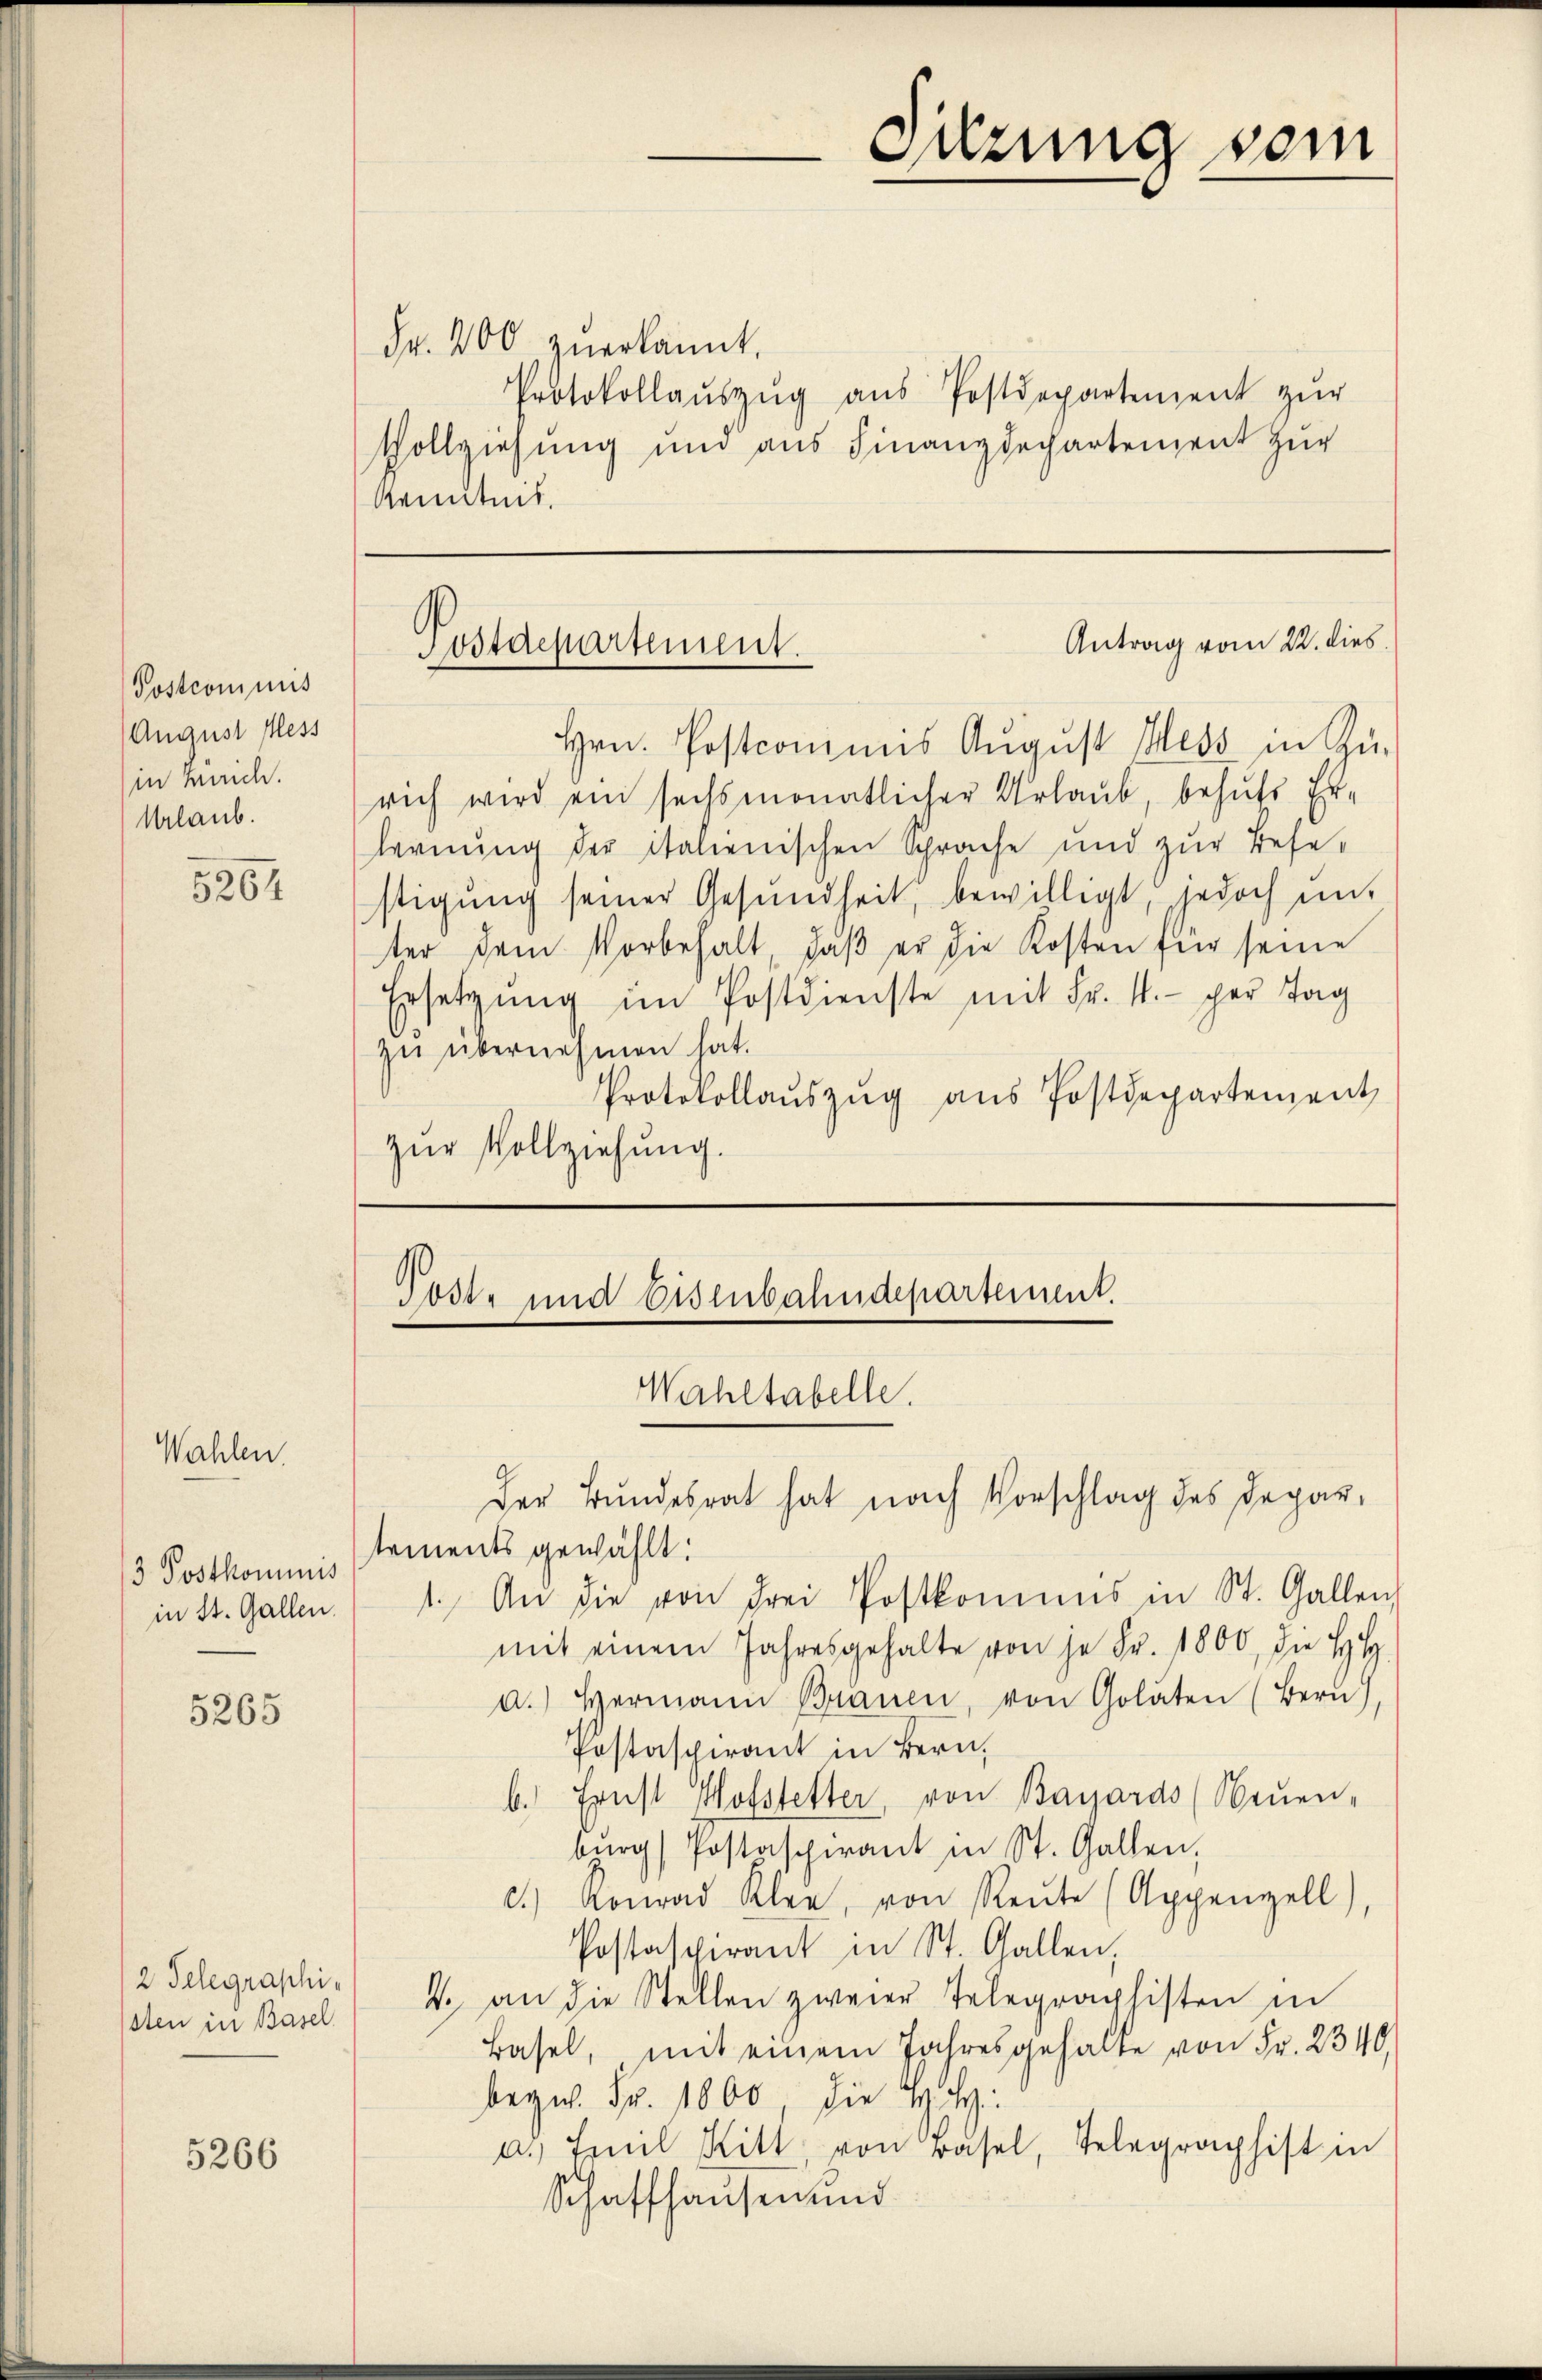
Postcommis
August fess
in Heide.
Urlaub.

5264

Wahlen.

3 Postkominis
in St. Gallen.

5265

2 Telegraphi-
1sten in Basel

5266

Fr. 200 zuerkannt,
Protokollaŭszŭg aŭs Postdepartement zŭr
Vollziehung und aus Finanzdechartement zur
Kenntnis.

Antrag vom 22. dies.
Postdepartement.

Hrn. Postcommis August Mess in Zu-
rich wird ein sechsmonatlicher Urlaub, behufs Erfernung der italienischen Sprache und zur Besestigung seiner Gesundheit, bewilligt, jedoch mit
ter dem Vorbehalt, daβ er die Kosten für seine
Ersetzung im Postdienste mit Fr. 4. per Tag
zŭ übernehmen hat.
Protokollaŭszŭg aŭs Postdepartement
zŭr Vollziehung.

Poste und Eisenbahndepartement.
Wahltabelle.
der Bundesrat hat nach Vorschlag des Depar¬

tements gewählt:
1. An die von drei Postkommis in St. Gallenz
mit einem Jahresgehalte von je Fr. 1800, die HH
a.) Hermann Brauen, von Golaten (Bern)
Postaspirant in Bern,
b. Ernst Hofstetter, von Bayards (Neuen-
bŭrg Postaspirant in St. Gallen.
c.) Konrad Klar, von Reŭte (Appenzell
Postaspirant in St. Gallen,
4. an die Stellen zweier Telegraphisten in
Basel, mit einem Jahresgehalte von Fr. 2340,
bezw. Fr. 1000 die v. H
a. Emil Kitt von Basel, Telegraphist in
Schaffhausen und

Sitzung vom